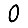
Digit: 0